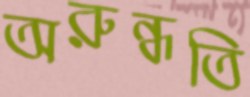
অরুন্ধতি